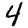
Digit: 4